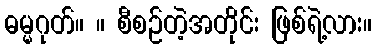
ဓမ္မဂုတ်။ ။ စီစဉ်တဲ့အတိုင်း ဖြစ်ရဲ့လား။